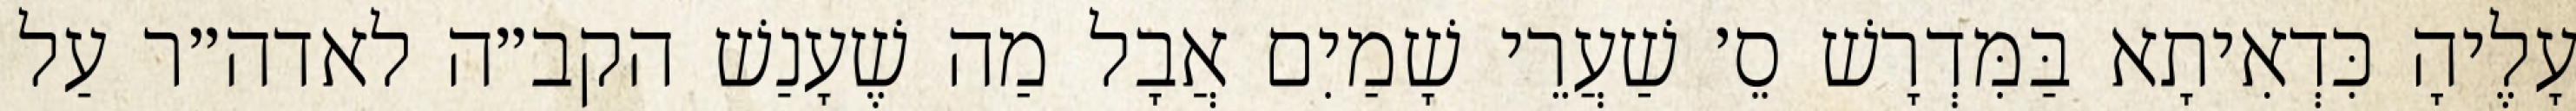
עָלֶיהָ כִּדְאִיתָא בַּמִּדְרָשׁ סֵ׳ שַׁעֲרֵי שָׁמַיִם אֲבָל מַה שֶׁעָנַשׁ הקב״ה לאדה״ר עַל